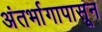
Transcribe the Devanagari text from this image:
अंतर्भागापासून